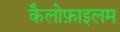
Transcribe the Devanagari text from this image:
कैलोफ़ाइलम